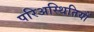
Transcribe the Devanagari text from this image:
परिअस्थितियों